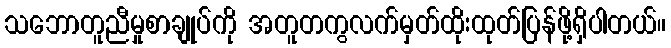
သဘောတူညီမှုစာချုပ်ကို အတူတကွလက်မှတ်ထိုးထုတ်ပြန်ဖို့ရှိပါတယ်။